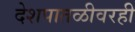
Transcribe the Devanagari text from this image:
देशपातळीवरही